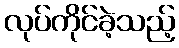
လုပ်ကိုင်ခဲ့သည့်